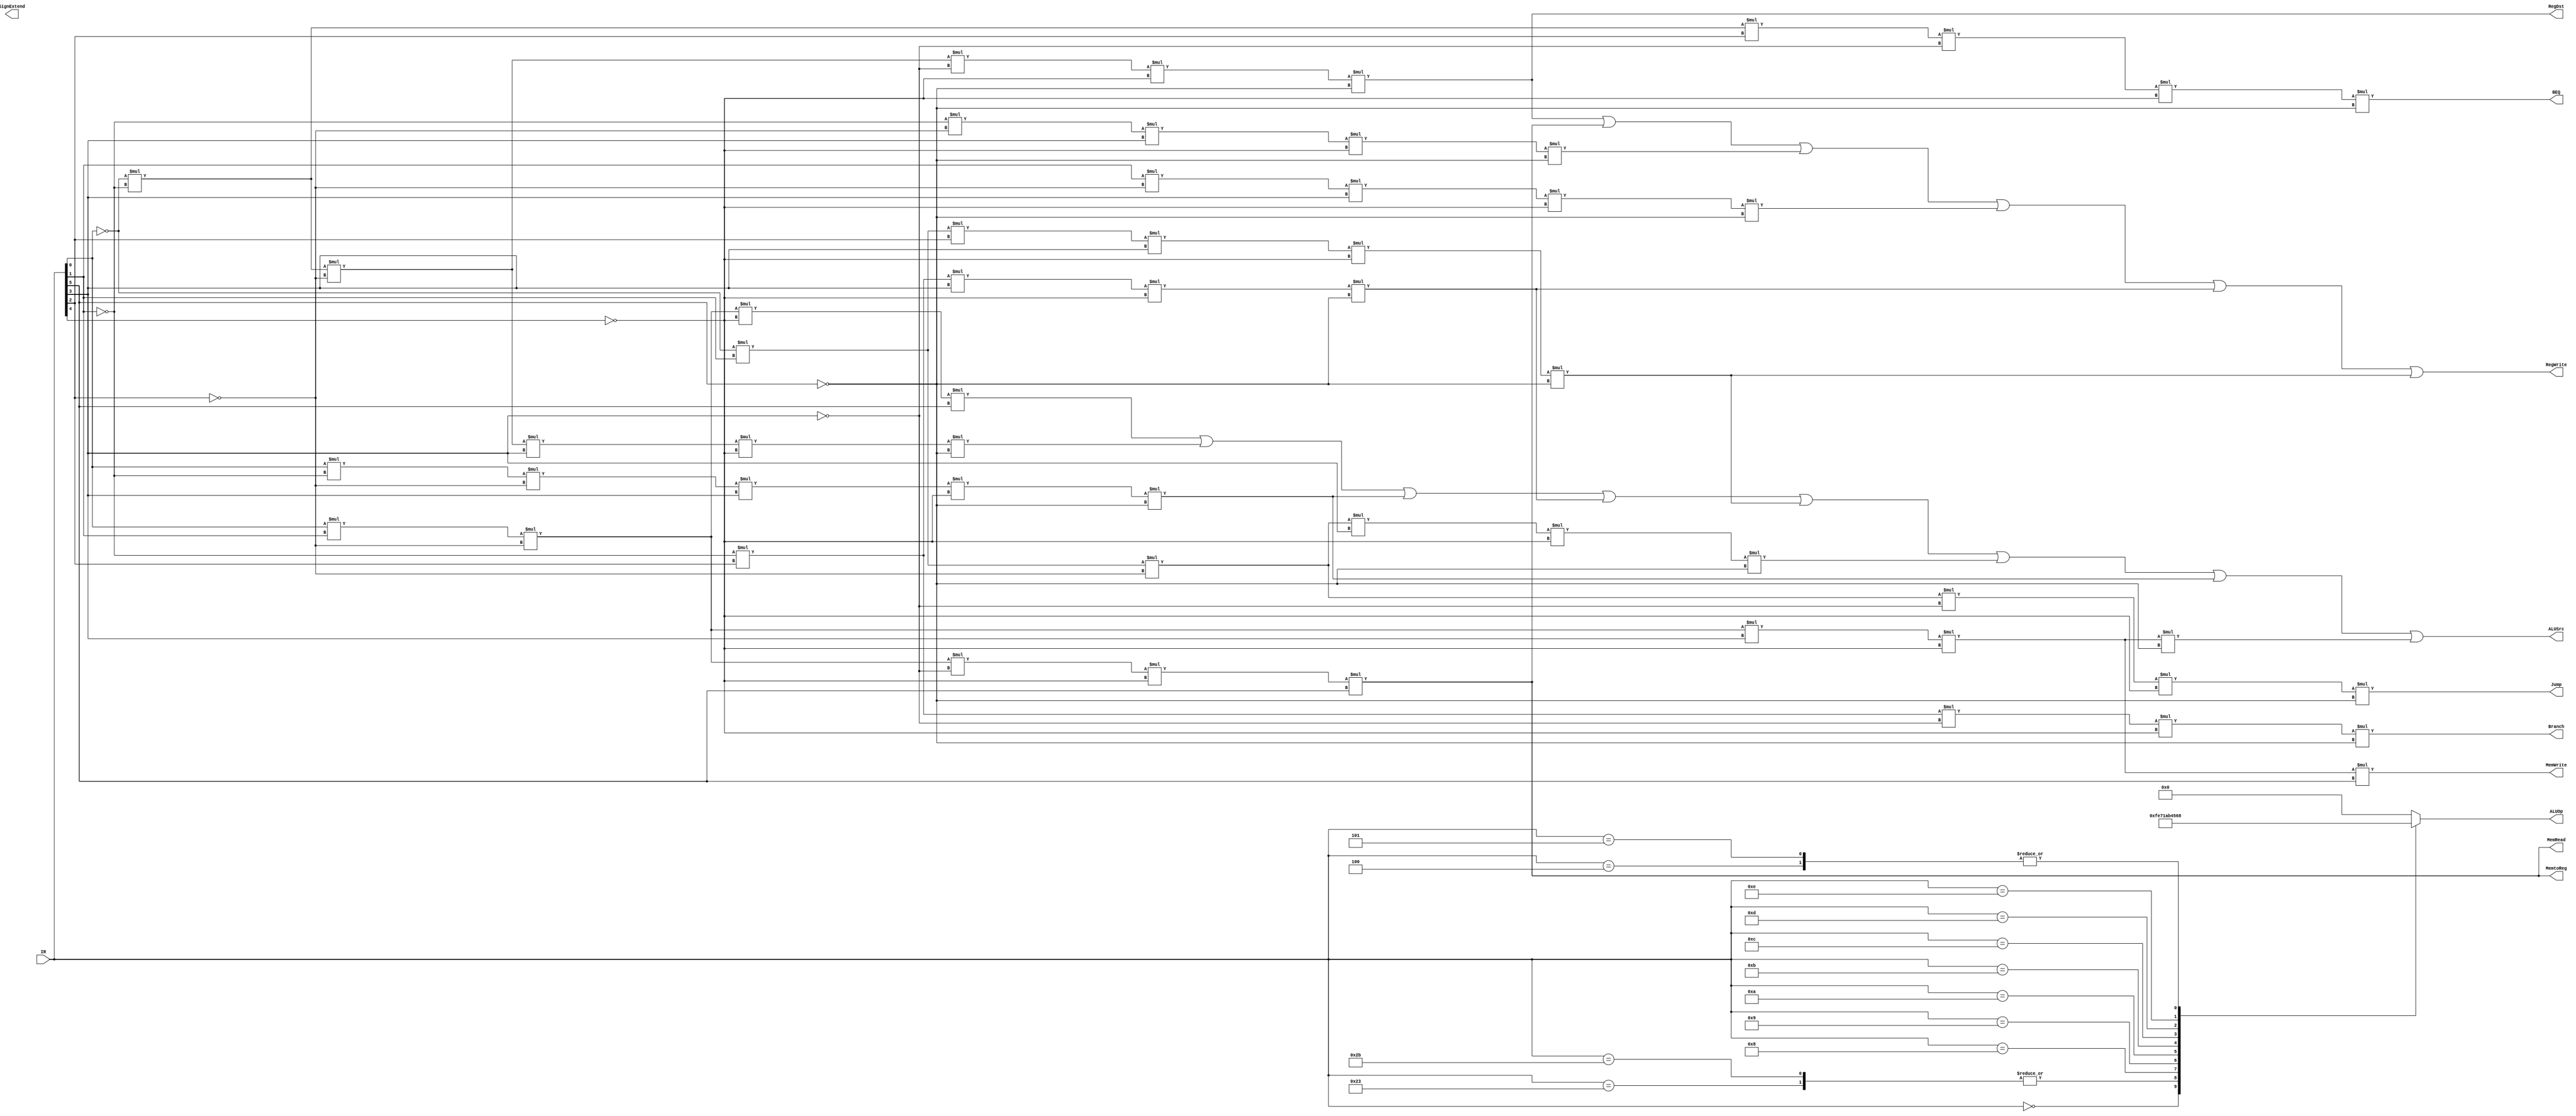
`define ADD  4'b0111 // 2's compl add
`define ADDI  4'b0111 // 2's compl add
`define ADDU 4'b0001 // unsigned add
`define SUB  4'b0010 // 2's compl subtract
`define SUBU 4'b0011 // unsigned subtract
`define AND  4'b0100 // bitwise AND
`define OR   4'b0101 // bitwise OR
`define XOR  4'b0110 // bitwise XOR
`define SLT  4'b1010 // set result=1 if less than 2's compl
`define SLTU 4'b1011 // set result=1 if less than unsigned
`define NOP  4'b0000 // do nothing
`define RTYPE  4'b1111 // R-Type arithmetic
`define LWSW 4'b1110 //lw or sw
`define SLL  4'b1001 // shift left logical
`define SRA  4'b1101 // shift right arithmetic
`define SRL  4'b0110 // shift right logical
`define BE 4'b1000  //beq/bne

module ControlUnit(
output RegDst, 
output ALUSrc, 
output MemtoReg, 
output RegWrite, 
output MemRead, 
output MemWrite, 
output Branch, 
output Jump, 
output SignExtend, 
output reg [3:0] ALUOp, 
input [5:0] IR,
output BEQ
);

assign RegDst=((~IR[0])*(~IR[1])*(~IR[2])*(~IR[3])*(~IR[4])*(~IR[5]));
assign ALUSrc=((IR[0])*(IR[1])*(~IR[2])*(~IR[4])*(IR[5]))|((~IR[0])*(~IR[1])*(~IR[2])*(IR[3])*(~IR[4])*(~IR[5]))|((IR[0])*(~IR[1])*(~IR[2])*(IR[3])*(~IR[4])*(~IR[5]))|((~IR[1])*(IR[2])*(IR[3])*(~IR[4])*(~IR[5]))|((~IR[0])*(IR[1])*(IR[2])*(IR[3])*(~IR[4])*(~IR[5]))|((~IR[0])*(IR[1])*(~IR[2])*(IR[3])*(~IR[4])*(~IR[5]))|((IR[0])*(~IR[1])*(~IR[2])*(IR[3])*(~IR[4])*(~IR[5]))|((IR[0])*(IR[1])*(~IR[2])*(IR[3])*(~IR[4])*(~IR[5]));
assign MemtoReg=((IR[0])*(IR[1])*(~IR[2])*(~IR[3])*(~IR[4])*(IR[5]));
assign RegWrite=((~IR[0])*(~IR[1])*(~IR[2])*(~IR[3])*(~IR[4])*(~IR[5]))|((IR[0])*(IR[1])*(~IR[2])*(~IR[3])*(~IR[4])*(IR[5]))|((~IR[1])*(~IR[2])*(IR[3])*(~IR[4])*(~IR[5]))|((IR[1])*(~IR[2])*(IR[3])*(~IR[4])*(~IR[5]))|((~IR[1])*(IR[2])*(IR[3])*(~IR[4])*(~IR[5]))|((~IR[0])*(IR[1])*(IR[2])*(IR[3])*(~IR[4])*(~IR[5]));
assign MemRead=((IR[0])*(IR[1])*(~IR[2])*(~IR[3])*(~IR[4])*(IR[5]));
assign MemWrite=((IR[0])*(IR[1])*(~IR[2])*(IR[3])*(~IR[4])*(IR[5]));
assign Branch=((~IR[1])*(IR[2])*(~IR[3])*(~IR[4])*(~IR[5]));
assign BEQ=((~IR[0])*(~IR[1])*(IR[2])*(~IR[3])*(~IR[4])*(~IR[5]));
assign Jump=((~IR[0])*(IR[1])*(~IR[2])*(~IR[3])*(~IR[4])*(~IR[5]));
	always@(IR)
    begin
        case(IR)
            6'b000000 :ALUOp = `RTYPE; 
            6'b100011 :ALUOp = `LWSW; //lw
            6'b101011 :ALUOp = `LWSW; //sw
            6'b001000 :ALUOp = `ADDI;   
            6'b001001 :ALUOp = `ADDU;   //addiu
            6'b001010 :ALUOp = `SLT;  //slti
            6'b001011 :ALUOp = `SLTU; //sltiu ((IR[0])*(IR[1])*(~IR[2])*(IR[3])*(~IR[4])*(~IR[5]))
            6'b001100 :ALUOp = `AND;  //andi
            6'b001101 :ALUOp = `OR;   //ori
            6'b001110 :ALUOp = `XOR;  //xori ((~IR[0])*(IR[1])*(IR[2])*(IR[3])*(~IR[4])*(~IR[5]))
            6'b000100 :ALUOp = `BE;  //BEQ
            6'b000101 :ALUOp = `BE; //BNE
            //6'b000010 :ALUOp = `ADDI; //j
            //6'b101001 :ALUOp = `SLTU;
            //6'b000000 :ALUOp = `SLL;
            //6'b000011 :ALUOp = `SRA;
            //6'b000010 :ALUOp = `SRL;
        default: ALUOp = `NOP;
        endcase
    //case(IR)
    //    6'b000000 :RegDst = 1'b1; 
    //    default: RegDst = 1'b0;
    //endcase
    end
    
endmodule